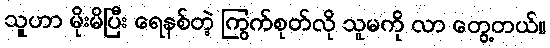
သူဟာ မိုးမိပြီး ရေနစ်တဲ့ ကြွက်စုတ်လို သူမကို လာ တွေ့တယ်။